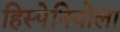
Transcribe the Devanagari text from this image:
हिस्पेनियोला